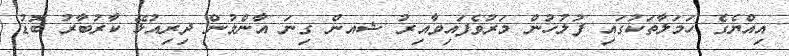
އިއްޔެގެ ހަމަލާތަކުގައި ފުލުހުން މަރުވެފައިވާއިރު ޝއން ގިނަ އާންމުން ދިރިއުޅޭ ކާރުބާރު ބޮޑު